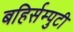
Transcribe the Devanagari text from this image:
बहिर्सम्पुटी